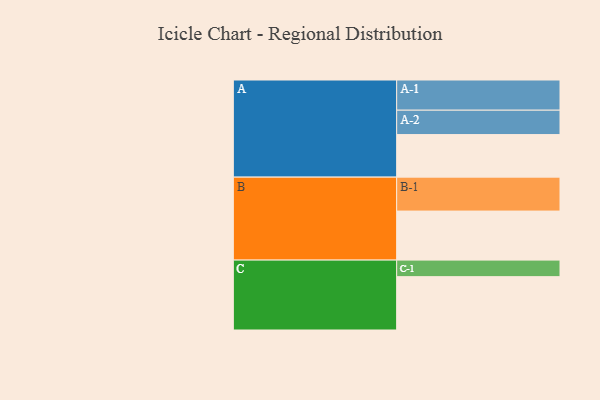
{"axis": {"x": "Segment", "y": "Value"}, "legend": ["", "A", "B", "C"], "data": [{"x": "A", "y": 375, "type": ""}, {"x": "B", "y": 432, "type": ""}, {"x": "C", "y": 470, "type": ""}, {"x": "A-1", "y": 266, "type": "A"}, {"x": "A-2", "y": 215, "type": "A"}, {"x": "B-1", "y": 299, "type": "B"}, {"x": "C-1", "y": 146, "type": "C"}]}